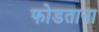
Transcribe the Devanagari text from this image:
फोडताना